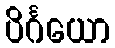
ပိင်္ဂယော